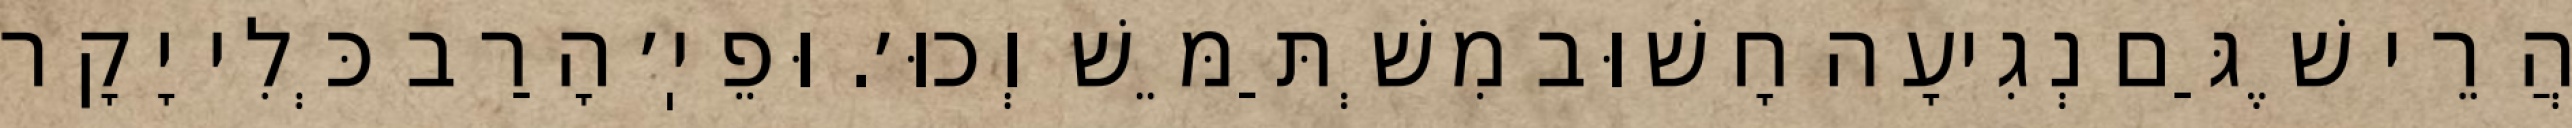
הֲרֵי שֶׁגַּם נְגִיעָה חָשׁוּב מִשְׁתַּמֵּשׁ וְכוּ׳. וּפֵיֽ׳ הָרַב כְּלִי יָקָר